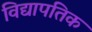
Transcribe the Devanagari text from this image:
विद्यापतिक